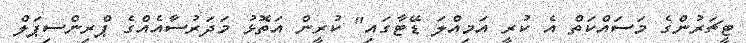
ޓީޗަރުންގެ މަސައްކަތް އެ ކުރީ އަމިއްލަ ޑޭޓާގައި" ކުރީން އަތޮޅު މަދަރުސާއެއްގެ ޕްރިންސިޕަލް